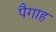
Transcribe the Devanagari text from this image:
पैगाह